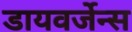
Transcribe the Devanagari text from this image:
डायवर्जेन्स